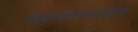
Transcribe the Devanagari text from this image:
विश्र्वासघातामुळे